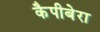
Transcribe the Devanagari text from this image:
कैपीबेरा